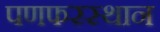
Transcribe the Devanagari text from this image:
पणफरस्थान